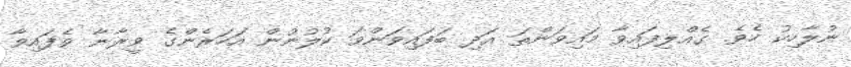
ނުލާހިކު ހެވެ. ގެއްލިފައިވާ މައިވަންތަ އަދި ބަފައިވަންވަ ކުލުނުން އަހަރެންގެ ވީރާނާ ވެފައިވާ